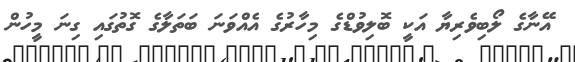
އޭނާގެ ލޯބިވެރިޔާ އަކީ ބޮލިވުޑްގެ މިހާރުގެ އެއްވަނަ ބަތަލާގެ ގޮތުގައި ގިނަ މީހުން